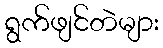
ရွက်ဖျင်တဲများ